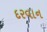
દરવાન